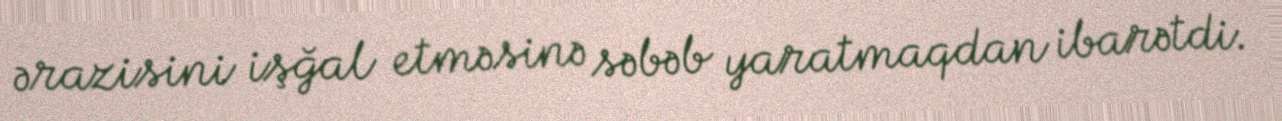
ərazisini işğal etməsinə səbəb yaratmaqdan ibarətdi.